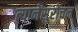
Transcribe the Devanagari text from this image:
त्यानेंसुरोचन